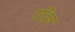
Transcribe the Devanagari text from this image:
रदिन